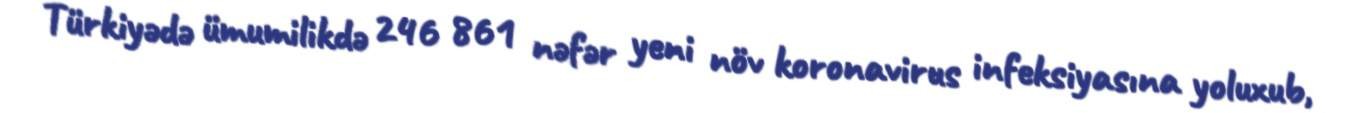
Türkiyədə ümumilikdə 246 861 nəfər yeni növ koronavirus infeksiyasına yoluxub,